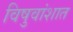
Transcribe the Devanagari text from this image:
विषुवांशात